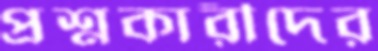
প্রশ্নকারীদের